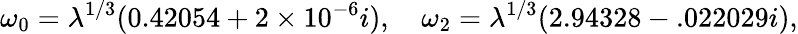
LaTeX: \omega_{0}=\lambda^{1/3}(0.42054+2\times 10^{-6}i),\quad\omega_{2}=\lambda^{1/3}(2.94328-.022029i),